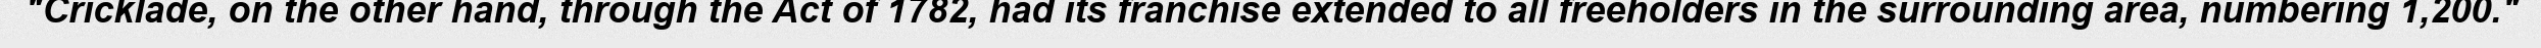
"Cricklade, on the other hand, through the Act of 1782, had its franchise extended to all freeholders in the surrounding area, numbering 1,200."